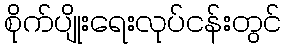
စိုက်ပျိုးရေးလုပ်ငန်းတွင်